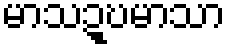
မာသဍ္ဎမာသာ